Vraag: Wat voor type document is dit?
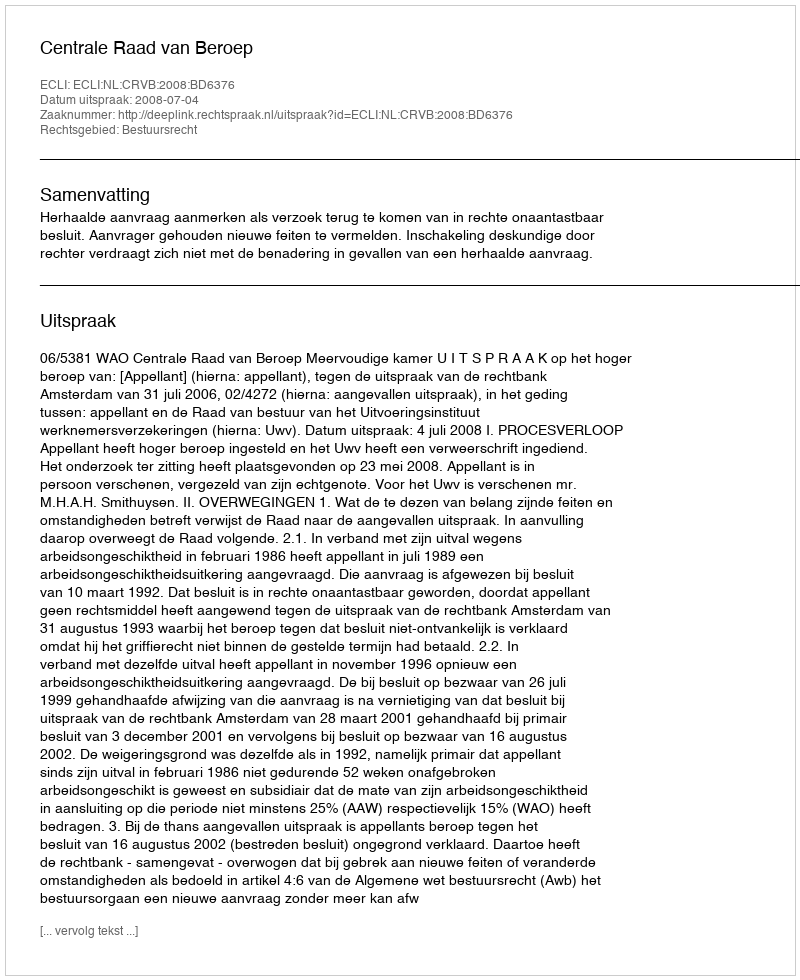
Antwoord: Uitspraak